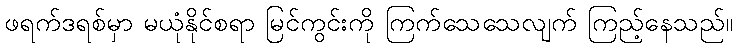
ဖရက်ဒရစ်မှာ မယုံနိုင်စရာ မြင်ကွင်းကို ကြက်သေသေလျက် ကြည့်နေသည်။